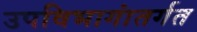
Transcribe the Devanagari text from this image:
उपविभागांतर्गत